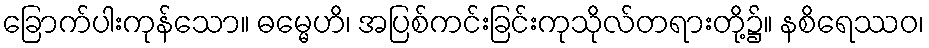
ခြောက်ပါးကုန်သော။ ဓမ္မေဟိ၊ အပြစ်ကင်းခြင်းကုသိုလ်တရားတို့၌။ နစိရေဿဝ၊